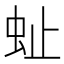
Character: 𧉀